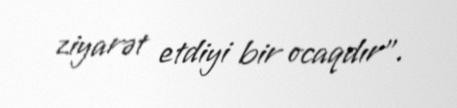
ziyarət etdiyi bir ocaqdır".